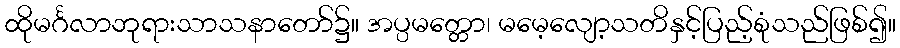
ထိုမင်္ဂလာဘုရားသာသနာတော်၌။ အပ္ပမတ္တော၊ မမေ့လျော့သတိနှင့်ပြည့်စုံသည်ဖြစ်၍။